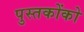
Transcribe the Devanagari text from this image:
पुस्‍तकोंको